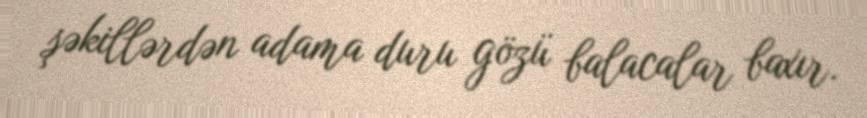
şəkillərdən adama duru gözü balacalar baxır.